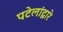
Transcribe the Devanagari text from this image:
पटेलांद्वारे